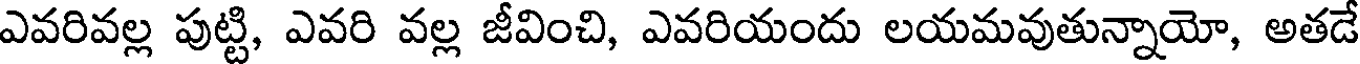
ఎవరివల్ల పుట్టి, ఎవరి వల్ల జీవించి, ఎవరియందు లయమవుతున్నాయో, అతడే